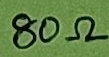
Text: 80Ω